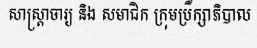
សាស្ត្រាចារ្យ និង សមាជិក ក្រុមប្រឹក្សាភិបាល